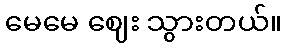
မေမေ ဈေး သွားတယ်။